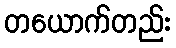
တယောက်တည်း